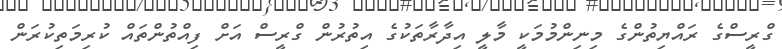
ގްރީސްގެ ރައްޔިތުންގެ މިނިންމުމަކީ މާލީ އިދާރާތަކުގެ އިތުރުން ގްރީސް އަށް ފިއްތުންތައް ކުރިމަތިކުރަން